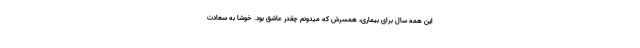
این همه سال برای بیماری، همسرش که میدونم چقدر عاشق بود. خوشا به سعادت